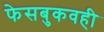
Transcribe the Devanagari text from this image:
फेसबुकवही